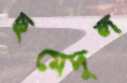
ছমেদুল